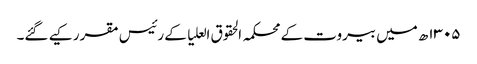
۱۳۰۵ھ میں بیروت کے محکمہ الحقوق العلیا کے رئیس مقرر کیے گئے۔